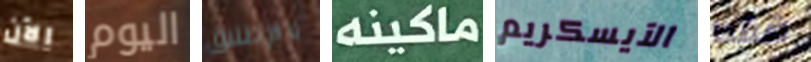
الآن اليوم بالإطلاق ماكينه الآيسكريم فقط